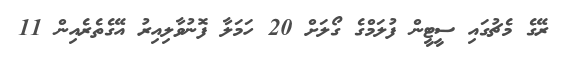
ރޭގެ މެޗުގައި ސީޓީން ފުލަމްގެ ގޯލަށް 20 ހަމަލާ ފޮނުވާލިއިރު އޭގެތެރެއިން 11